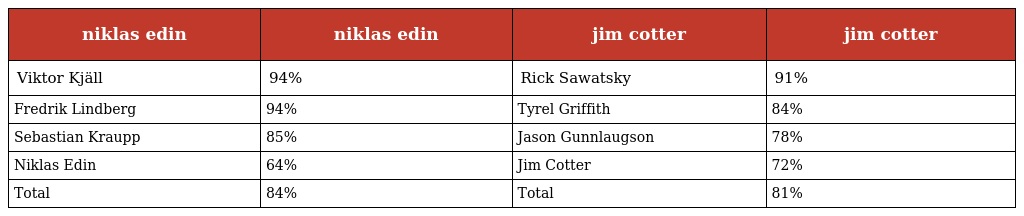
| niklas edin | niklas edin | jim cotter | jim cotter |
 | --- | --- | --- | --- |
 | Viktor Kjäll | 94% | Rick Sawatsky | 91% |
 | Fredrik Lindberg | 94% | Tyrel Griffith | 84% |
 | Sebastian Kraupp | 85% | Jason Gunnlaugson | 78% |
 | Niklas Edin | 64% | Jim Cotter | 72% |
 | Total | 84% | Total | 81% |